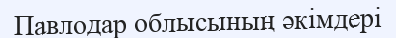
Павлодар облысының әкімдері